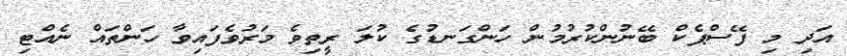
އަދި މި ފޭސްޕެކް ބޭނުންކުރުމުން ހަންގަނޑުގެ ކުލަ ރީތިވެ މަރުވެފައިވާ ހަންތައް ނެއްޓި